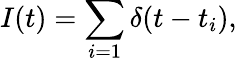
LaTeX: I(t)=\sum_{i=1}\delta(t-t_{i}),